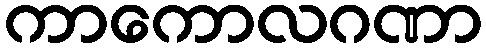
ကာကောလဂဏာ